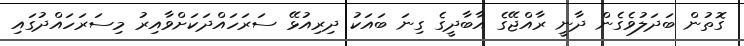
ގޮތުން ބަދަލުވެގެން ދާނީ ރާއްޖޭގެ އާބާދީގެ ގިނަ ބައަކު ދިރިއުޅޭ ސަރަހައްދަކަށްވާއިރު މިސަރަހައްދުގައި